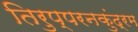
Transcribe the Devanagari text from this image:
तिरुप्परनकुंद्रम